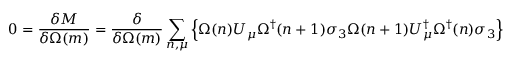
0 = \frac { \delta M } { \delta \Omega ( m ) } = \frac { \delta } { \delta \Omega ( m ) } \sum _ { n , \mu } \left\{ \Omega ( n ) U _ { \mu } \Omega ^ { \dagger } ( n + 1 ) \sigma _ { 3 } \Omega ( n + 1 ) U _ { \mu } ^ { \dagger } \Omega ^ { \dagger } ( n ) \sigma _ { 3 } \right\}